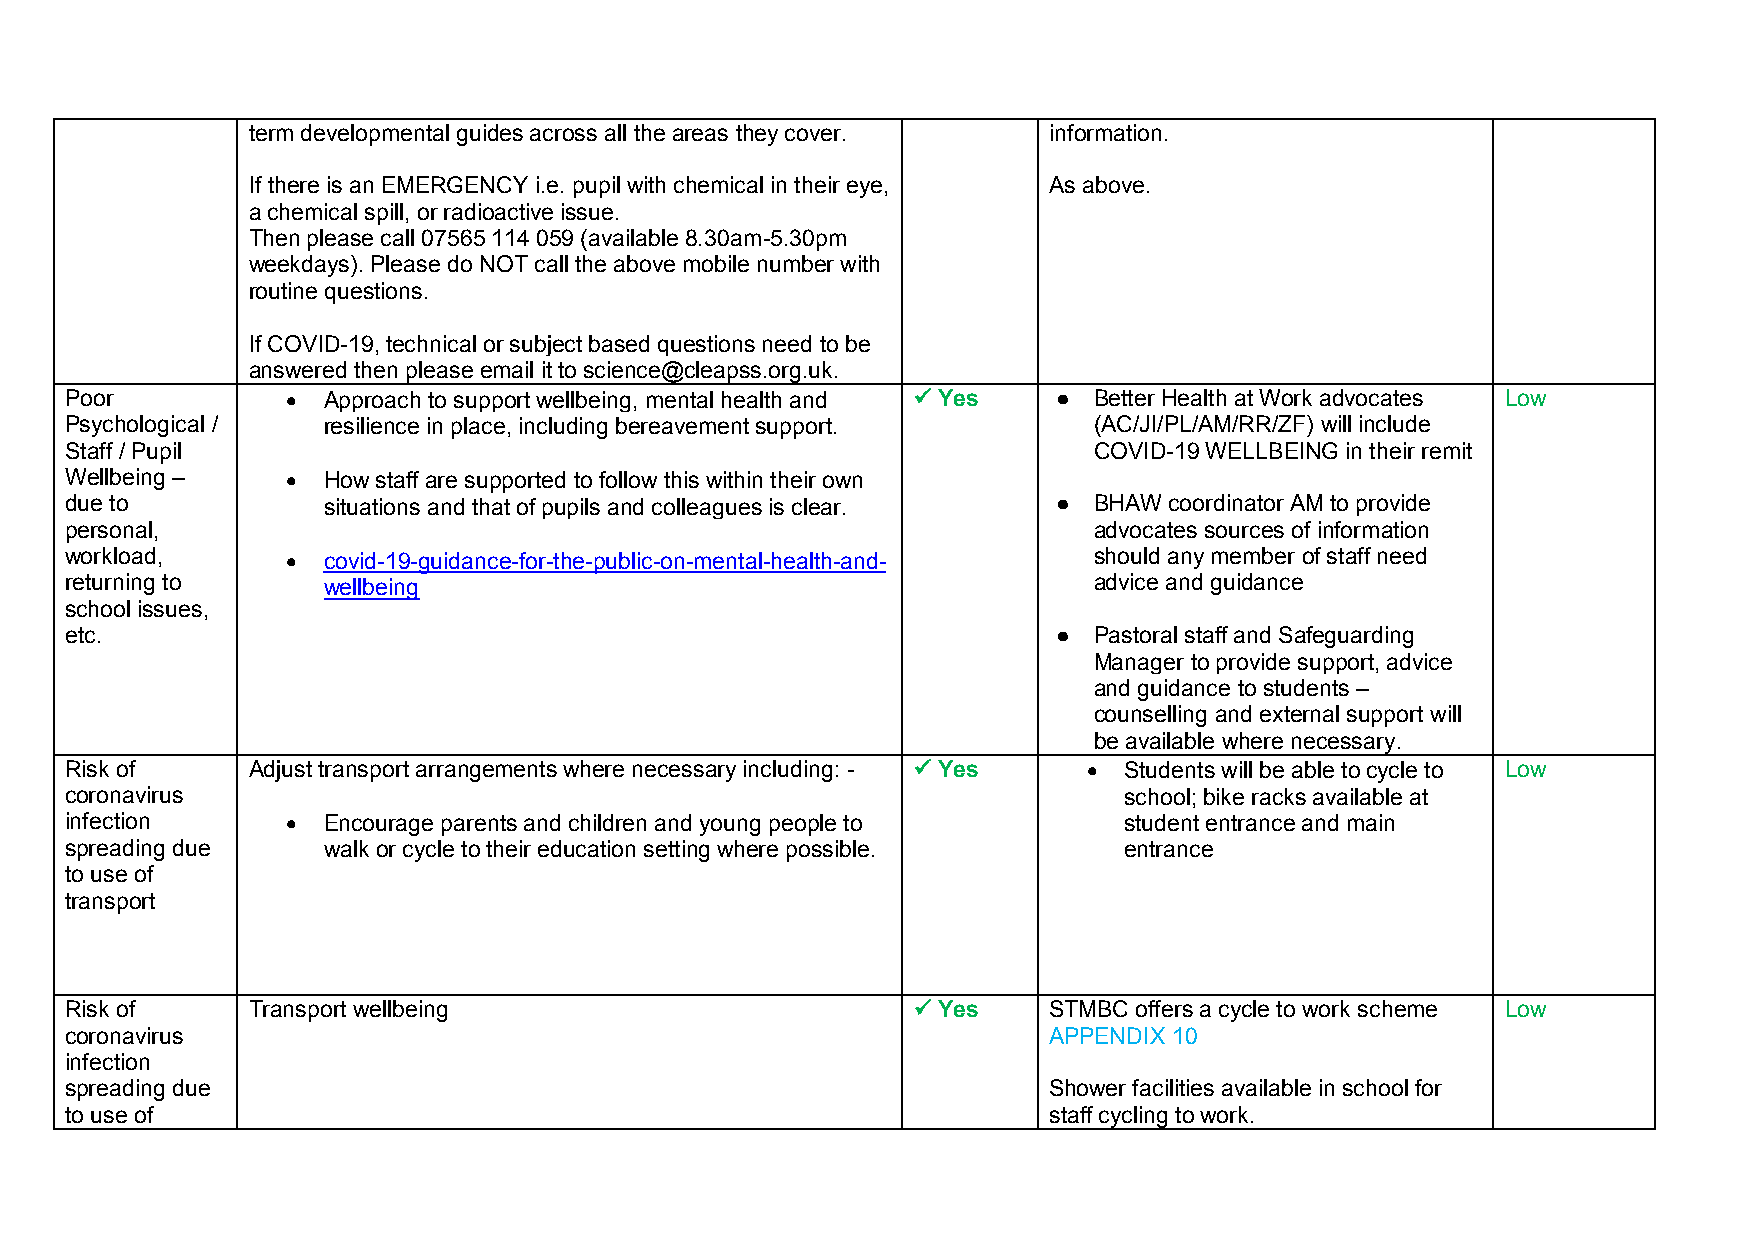
term developmental guides across all the areas they cover. information.
 If there is an EMERGENCY i.e. pupil with chemical in their eye, As above.
 a chemical spill, or radioactive issue.
 Then please call 07565 114 059 (available 8.30am-5.30pm
 weekdays). Please do NOT call the above mobile number with
 routine questions.
 If COVID-19, technical or subject based questions need to be
 answered then please email it to science@cleapss.org.uk.
 Poor            Approach to support wellbeing, mental health and  Yes ● Better Health at Work advocates Low
 Psychological /  resilience in place, including bereavement support. (AC/JI/PL/AM/RR/ZF) will include
 Staff / Pupil                                                       COVID-19 WELLBEING in their remit
 Wellbeing –     How staff are supported to follow this within their own
 due to           situations and that of pupils and colleagues is clear. ● BHAW coordinator AM to provide
 personal,                                                           advocates sources of information
 workload,       covid-19-guidance-for-the-public-on-mental-health-and- should any member of staff need
 returning to     wellbeing                                          advice and guidance
 school issues,
 etc.                                                              ● Pastoral staff and Safeguarding
 Manager to provide support, advice
 and guidance to students –
 counselling and external support will
 be available where necessary.
 Risk of     Adjust transport arrangements where necessary including: -  Yes  Students will be able to cycle to Low
 coronavirus                                                           school; bike racks available at
 infection       Encourage parents and children and young people to   student entrance and main
 spreading due    walk or cycle to their education setting where possible. entrance
 to use of
 transport
 Risk of     Transport wellbeing                          Yes    STMBC offers a cycle to work scheme Low
 coronavirus                                                      APPENDIX 10
 infection
 spreading due                                                    Shower facilities available in school for
 to use of                                                        staff cycling to work.